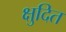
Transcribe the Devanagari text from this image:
क्षुदित